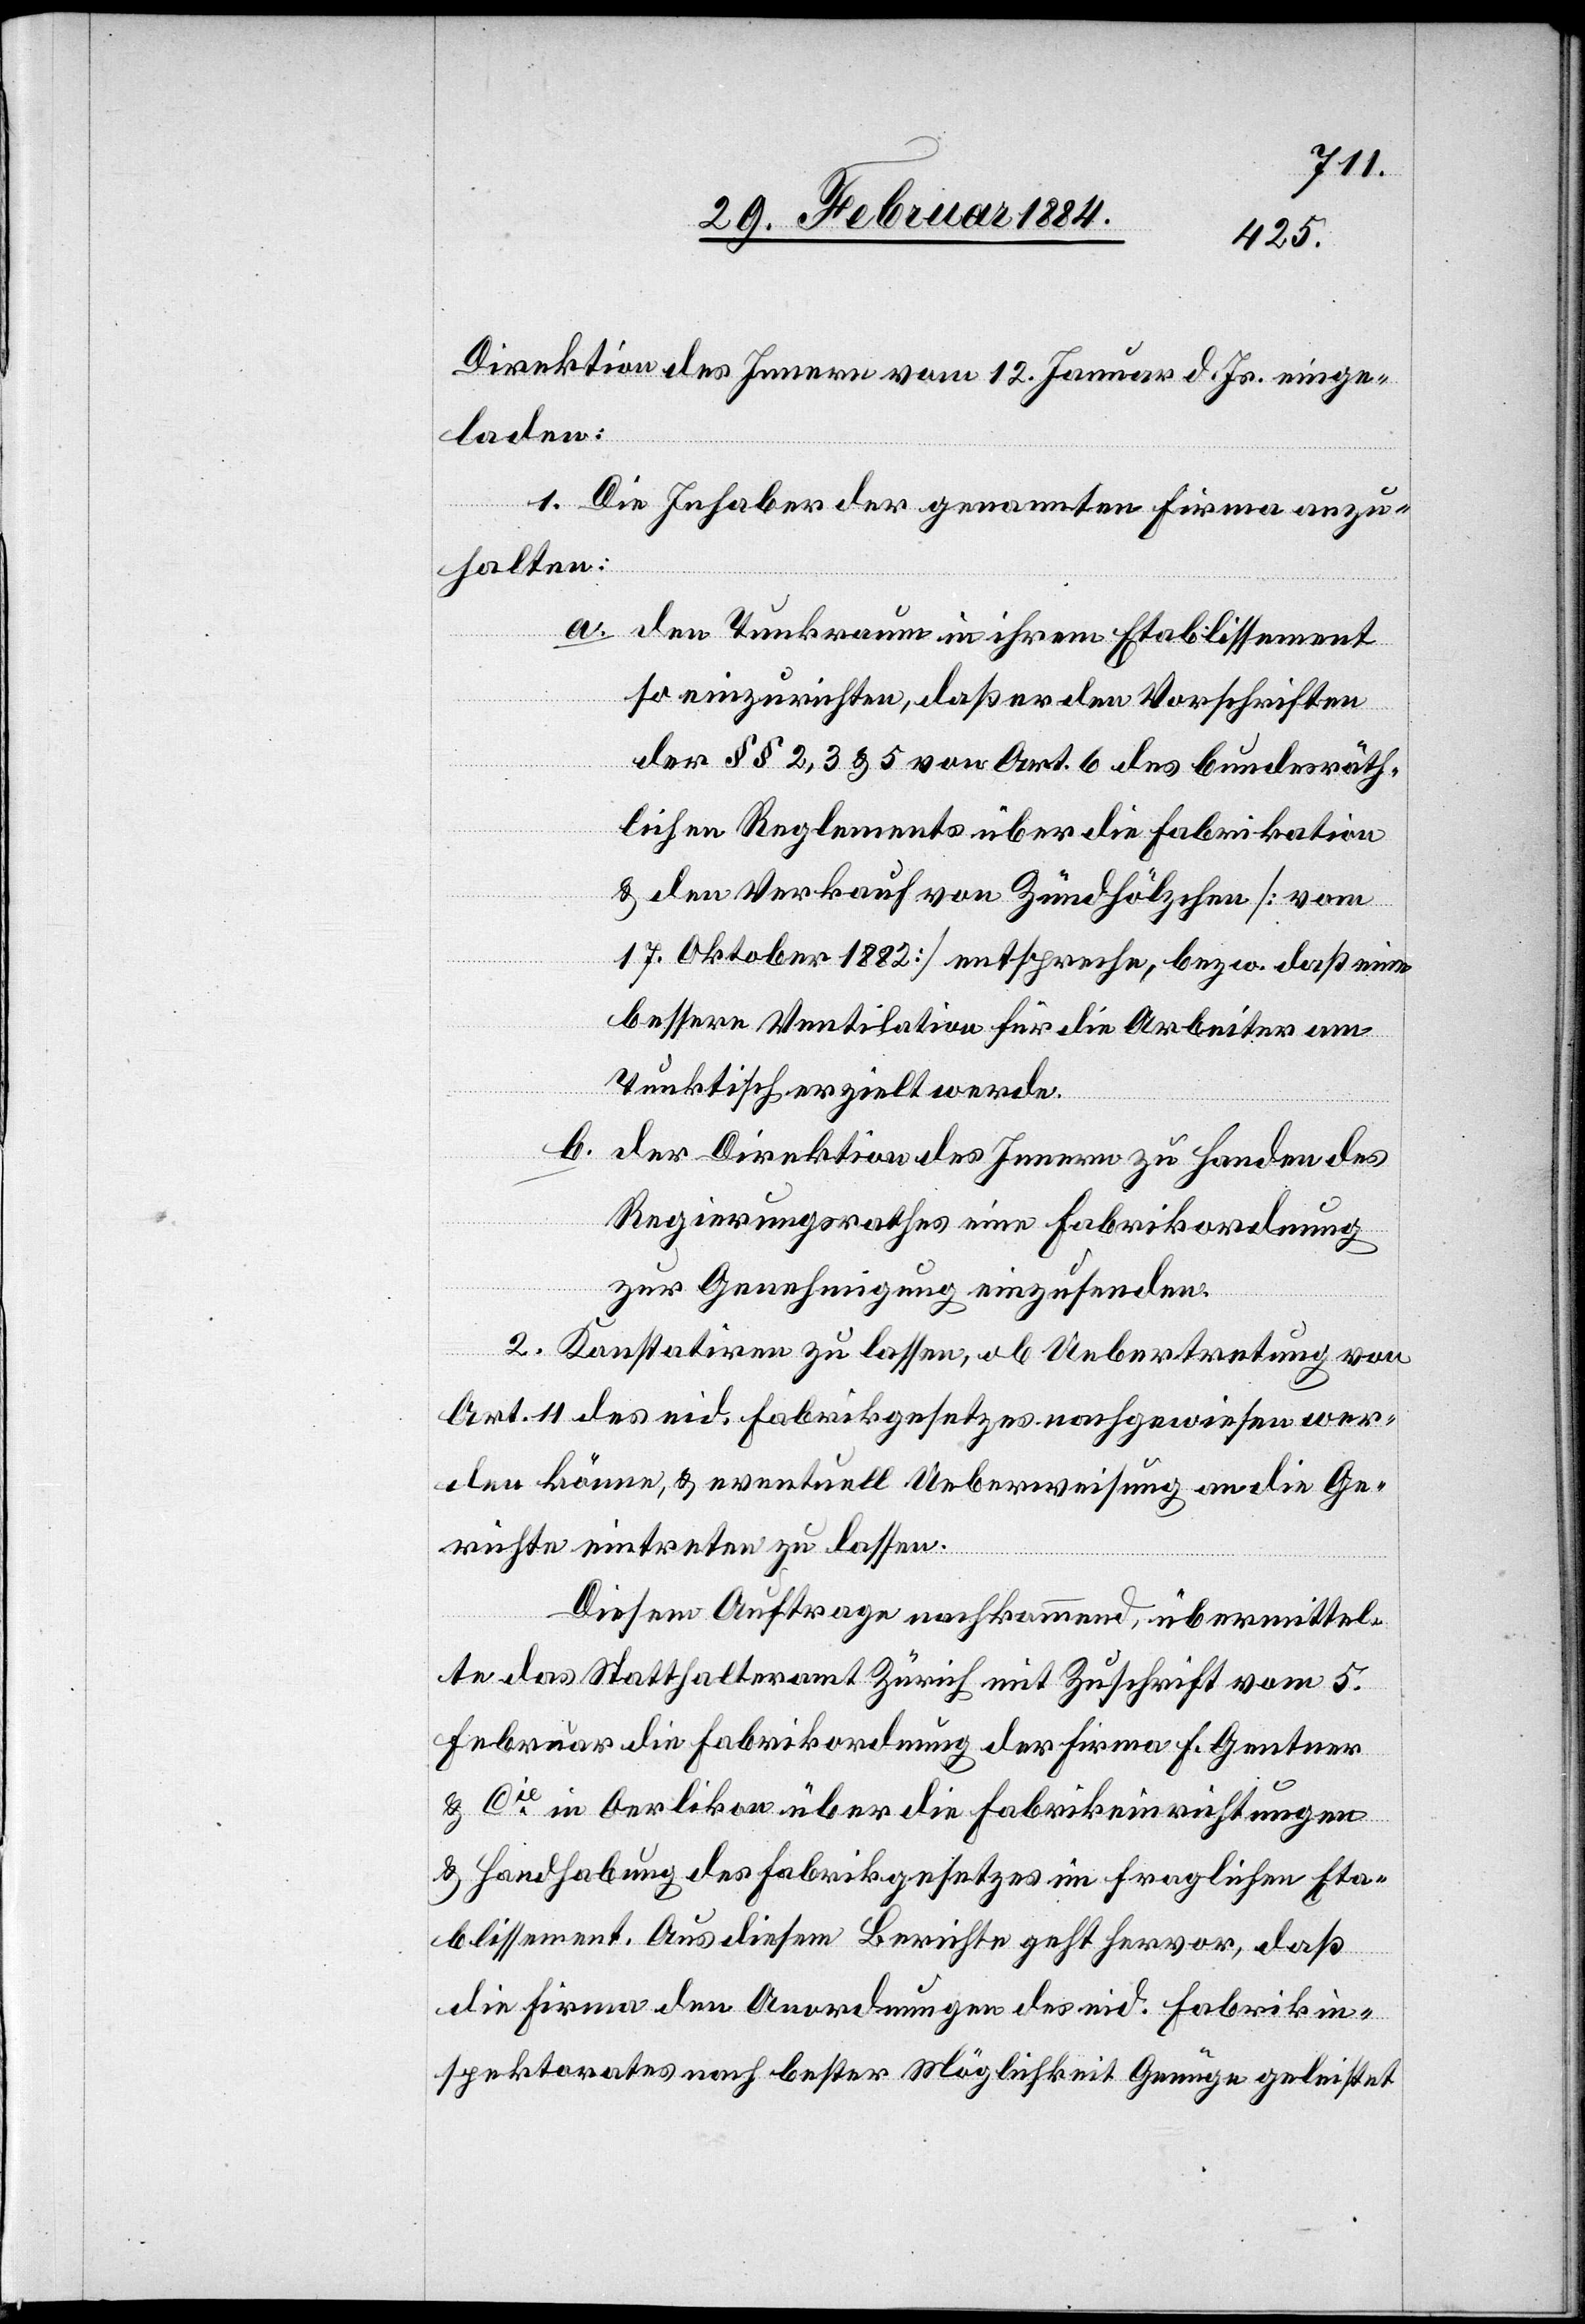
Direktion des Innern vom 12. Januar d. Js. einge¬
laden:
1. Die Inhaber der genannten Firma anzu¬
halten:
a. Den Tunkraum in ihrem Etablissement
so einzurichten, daß er den Vorschriften
der §§ 2, 3 & 5 von Art. 6 des bundesräth¬
lichen Reglements über die Fabrikation
& den Verkauf von Zündhölzchen [vom
17. Oktober 1882] entspreche, bzw. daß eine
bessere Ventilation für die Arbeiter am
Trunktisch erzielt werde.
b. Der Direktion des Innern zu Handen des
Regierungsrathes eine Fabrikordnung
zur Genehmigung einzusenden.
2. Konstatieren zu lassen, ob Uebertretung von
Art. 11 des eid. Fabrikgesetzes nachgewiesen wer¬
den könne, & eventuell Ueberweisung an die Ge¬
richte eintreten zu lassen.
Diesem Auftrage nachkommend, übermittel¬
te das Statthalteramt Zürich mit Zuschrift vom 5.
Februar die Fabrikordnung der Firma F. Gentner
& Cie in Oerlikon über die Fabrikeinrichtungen
& Handhabung des Fabrikgesetzes im fraglichen Eta¬
blissement. Aus diesem Berichte geht hervor, daß
die Firma den Anordnungen des eid. Fabrikin¬
spektorates nach bester Möglichkeit Genüge geleistet